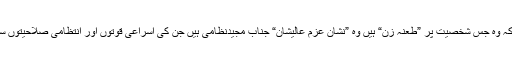
کیونکہ وہ لوگ نہیں جانتے تھے کہ وہ جس شخصیت پر ”طعنہ زن“ ہیں وہ ”نشانِ عزمِ عالیشان“ جناب مجیدنظامی ہیں جن کی اسراعی قوتوں اور انتظامی صلاحیتوں سے وہ سرے سے واقف نہیں تھے!